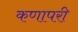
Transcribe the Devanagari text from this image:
कणापरी